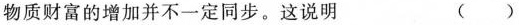
物质财富的增加并不一定同步。这说明 ()